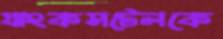
যাংকসটেলকে